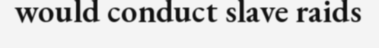
would conduct slave raids